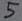
Text: 5